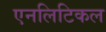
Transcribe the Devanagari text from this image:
एनलिटिकल